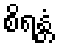
စိရန္တံ